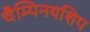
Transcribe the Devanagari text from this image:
चैम्पिनयशिप